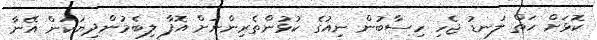
ކޮޅަށް ހަތް ލަނޑު ޖެހި ހިސާބުން ނިއުގެ ކުޅުންތެރިންނަށް އޮފާ ލިބެމުންދިޔަކަން އޭނާ